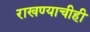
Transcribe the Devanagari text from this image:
राखण्याचीही